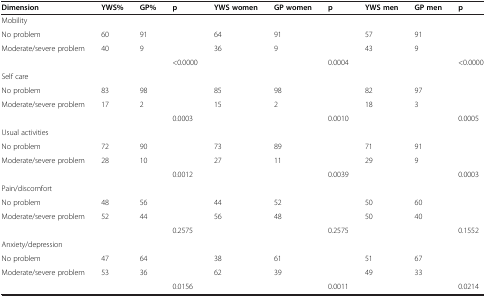
<table><thead><tr><td><b>Dimension</b></td><td><b>YWS%</b></td><td><b>GP%</b></td><td><b>p</b></td><td><b>YWS women</b></td><td><b>GP women</b></td><td><b>p</b></td><td><b>YWS men</b></td><td><b>GP men</b></td><td><b>p</b></td></tr></thead><tbody><tr><td>Mobility</td><td> </td><td> </td><td> </td><td> </td><td> </td><td> </td><td> </td><td> </td><td> </td></tr><tr><td>No problem</td><td>60</td><td>91</td><td> </td><td>64</td><td>91</td><td> </td><td>57</td><td>91</td><td> </td></tr><tr><td>Moderate/severe problem</td><td>40</td><td>9</td><td> </td><td>36</td><td>9</td><td> </td><td>43</td><td>9</td><td> </td></tr><tr><td> </td><td> </td><td> </td><td>&lt;0.0000</td><td> </td><td> </td><td>0.0004</td><td> </td><td> </td><td>&lt;0.0000</td></tr><tr><td>Self care</td><td> </td><td> </td><td> </td><td> </td><td> </td><td> </td><td> </td><td> </td><td> </td></tr><tr><td>No problem</td><td>83</td><td>98</td><td> </td><td>85</td><td>98</td><td> </td><td>82</td><td>97</td><td> </td></tr><tr><td>Moderate/severe problem</td><td>17</td><td>2</td><td> </td><td>15</td><td>2</td><td> </td><td>18</td><td>3</td><td> </td></tr><tr><td> </td><td> </td><td> </td><td>0.0003</td><td> </td><td> </td><td>0.0010</td><td> </td><td> </td><td>0.0005</td></tr><tr><td>Usual activities</td><td> </td><td> </td><td> </td><td> </td><td> </td><td> </td><td> </td><td> </td><td> </td></tr><tr><td>No problem</td><td>72</td><td>90</td><td> </td><td>73</td><td>89</td><td> </td><td>71</td><td>91</td><td> </td></tr><tr><td>Moderate/severe problem</td><td>28</td><td>10</td><td> </td><td>27</td><td>11</td><td> </td><td>29</td><td>9</td><td> </td></tr><tr><td> </td><td> </td><td> </td><td>0.0012</td><td> </td><td> </td><td>0.0039</td><td> </td><td> </td><td>0.0003</td></tr><tr><td>Pain/discomfort</td><td> </td><td> </td><td> </td><td> </td><td> </td><td> </td><td> </td><td> </td><td> </td></tr><tr><td>No problem</td><td>48</td><td>56</td><td> </td><td>44</td><td>52</td><td> </td><td>50</td><td>60</td><td> </td></tr><tr><td>Moderate/severe problem</td><td>52</td><td>44</td><td> </td><td>56</td><td>48</td><td> </td><td>50</td><td>40</td><td> </td></tr><tr><td> </td><td> </td><td> </td><td>0.2575</td><td> </td><td> </td><td>0.2575</td><td> </td><td> </td><td>0.1552</td></tr><tr><td>Anxiety/depression</td><td> </td><td> </td><td> </td><td> </td><td> </td><td> </td><td> </td><td> </td><td> </td></tr><tr><td>No problem</td><td>47</td><td>64</td><td> </td><td>38</td><td>61</td><td> </td><td>51</td><td>67</td><td> </td></tr><tr><td>Moderate/severe problem</td><td>53</td><td>36</td><td> </td><td>62</td><td>39</td><td> </td><td>49</td><td>33</td><td> </td></tr><tr><td> </td><td> </td><td> </td><td>0.0156</td><td> </td><td> </td><td>0.0011</td><td> </td><td> </td><td>0.0214</td></tr></tbody></table>